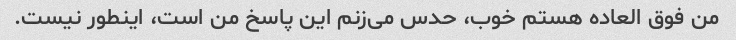
من فوق العاده هستم خوب، حدس می‌زنم این پاسخ من است، اینطور نیست.